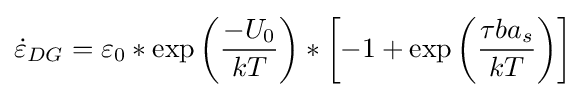
{\dot {\varepsilon }}_{DG}=\varepsilon _{0}*\exp \left({\frac {-U_{0}}{kT}}\right)*\left[-1+\exp \left({\frac {\tau ba_{s}}{kT}}\right)\right]